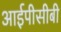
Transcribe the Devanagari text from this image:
आईपीसीबी